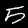
Label: 5